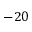
- 2 0